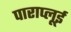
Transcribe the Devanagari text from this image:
पाराप्लूई